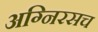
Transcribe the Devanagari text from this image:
अग्निरसच